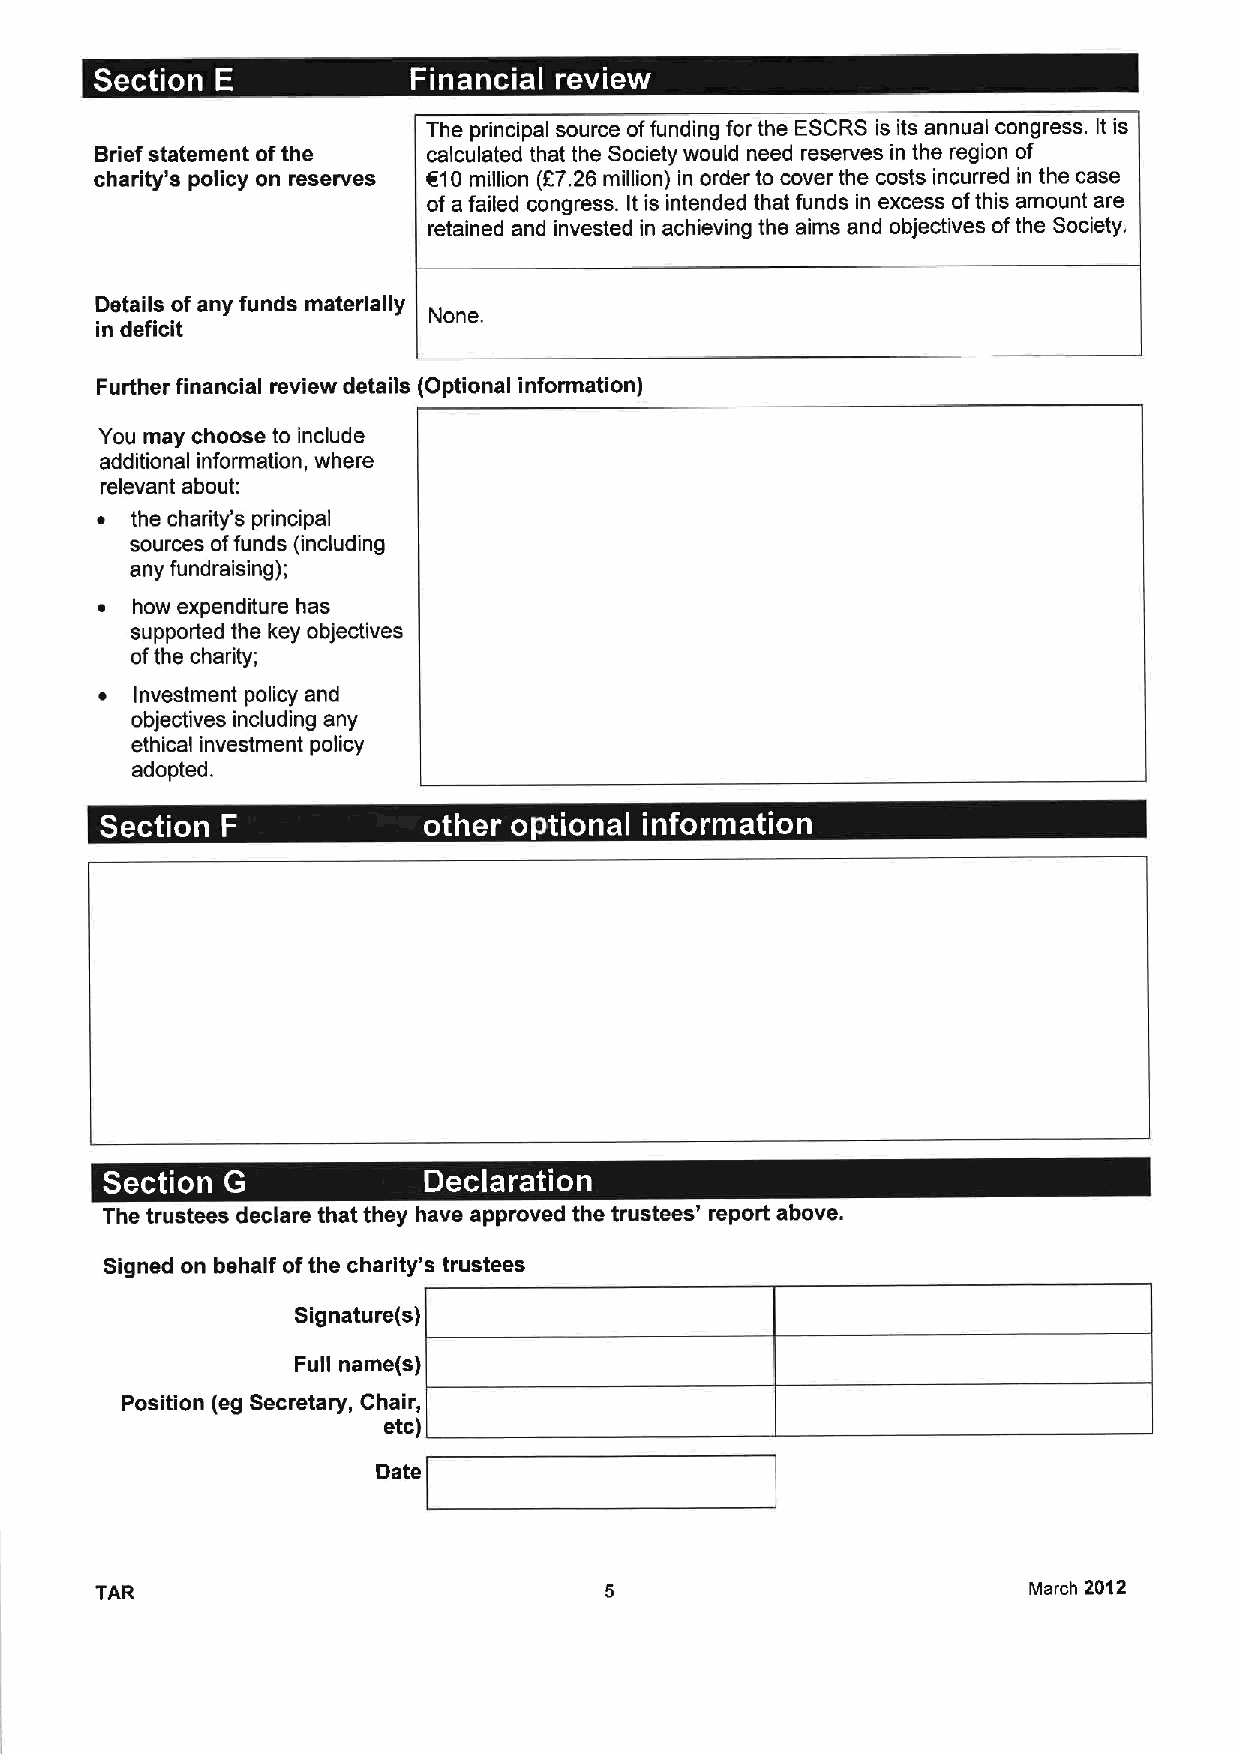
The principal source offunding for the ESCRS is its annual congress. It is
 Brief statement ofthe calculated that the Society would need reserves in the region of
 charity's policy on reserves 610million (E7.26 million) in order to cover the costs incurred in the case
 of a failed congress. It is intended that funds in excess ofthis amount are
 retained and invested in achieving the aims and objectives ofthe Society,
 Details ofany funds materially
 None.
 in deficit
 Further financial review details (Optional information)
 You may choose to include
 additional information, where
 relevant about:
 ~  the charity's principal
 sources offunds (including
 any fundraising);
 ~  how expenditure has
 supported the key objectives
 ofthe charity;
 ~ Investment policy and
 objectives including any
 ethical investment policy
 adopted.
 ~     ~ ~ ~      ~      ~
 . .
 -
 ~        ~
 The trustees declare that they have approved the trustees' report above.
 Signed on behalf ofthe charity's trustees
 Signature(s)
 Full name(s)
 Position (eg Secretary, Chair,
 etc)
 Date
 TAR                                                           March 2012